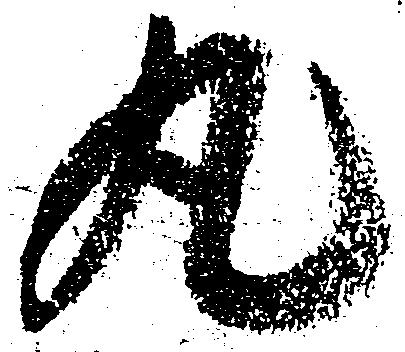
丸